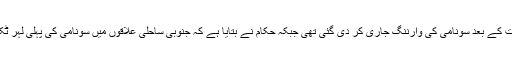
اس قدرتی آفت کے بعد سونامی کی وارننگ جاری کر دی گئی تھی جبکہ حکام نے بتایا ہے کہ جنوبی ساحلی علاقوں میں سونامی کی پہلی لہر ٹکرا چکی ہے۔